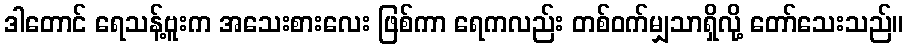
ဒါတောင် ရေသန့်ဗူးက အသေးစားလေး ဖြစ်ကာ ရေကလည်း တစ်ဝက်မျှသာရှိလို့ တော်သေးသည်။